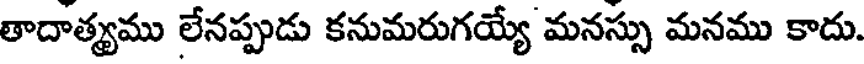
తాదాత్యము లేనప్పుడు కనుమరుగయ్యే మనస్సు మనము కాదు.